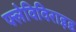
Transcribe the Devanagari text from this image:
फ्लेविविराइड